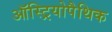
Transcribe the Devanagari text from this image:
ऑस्ट्रियोपैथिक